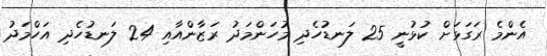
އެންމެ ރަގަޅަށް ކުޅުނީ 25 ލަނޑުހެދި މުހަންމަދު ރަޒާންއާއި 24 ލަނޑުހެދި އަހްމަދު